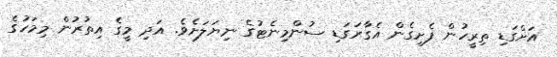
އަށްގަޑި ތިރީހުން ފެށިގެން އެގާރަގަޑި ސުންމިނެޓުގެ ނިޔަލަށެވެ. އަދި މީގެ އިތުރުން މިމަހުގެ